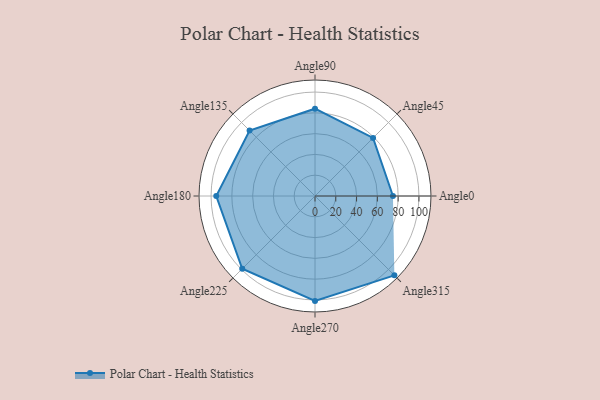
{"axis": {"x": "Angle", "y": "Radius"}, "legend": [""], "data": [{"x": "Angle0", "y": 75.0, "type": ""}, {"x": "Angle45", "y": 79.0, "type": ""}, {"x": "Angle90", "y": 84.0, "type": ""}, {"x": "Angle135", "y": 89.0, "type": ""}, {"x": "Angle180", "y": 95.0, "type": ""}, {"x": "Angle225", "y": 99.0, "type": ""}, {"x": "Angle270", "y": 101.0, "type": ""}, {"x": "Angle315", "y": 108.0, "type": ""}]}